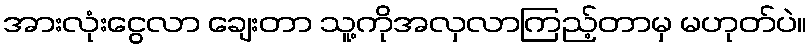
အားလုံးငွေလာ ချေးတာ သူ့ကိုအလှလာကြည့်တာမှ မဟုတ်ပဲ။